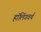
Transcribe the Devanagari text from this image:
हॉलिंगवर्थ